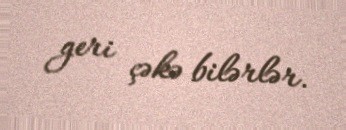
geri çəkə bilərlər.